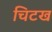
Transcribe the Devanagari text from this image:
चिटख